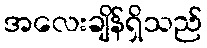
အလေးချိန်ရှိသည်